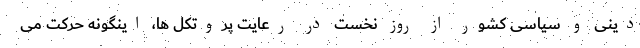
دینی و سیاسی کشور از روز نخست در رعایت پروتکل ها، اینگونه حرکت می